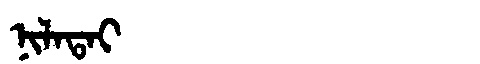
Manchu: ᠨᡳᠯᠠᡨᠠᡳ
Romanization: NILATAI